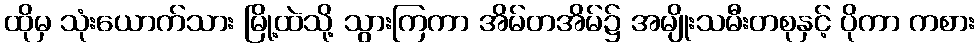
ထိုမှ သုံးယောက်သား မြို့ထဲသို့ သွားကြကာ အိမ်တအိမ်၌ အမျိုးသမီးတစုနှင့် ပိုကာ ကစား